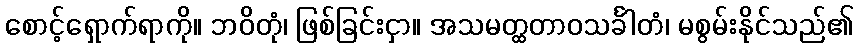
စောင့်ရှောက်ရာကို။ ဘဝိတုံ၊ ဖြစ်ခြင်းငှာ။ အသမတ္ထတာဝသင်္ခါတံ၊ မစွမ်းနိုင်သည်၏